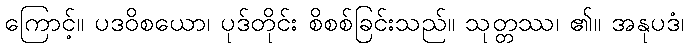
ကြောင့်။ ပဒဝိစယော၊ ပုဒ်တိုင်း စိစစ်ခြင်းသည်။ သုတ္တဿ၊ ၏။ အနုပဒံ၊